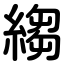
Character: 縐